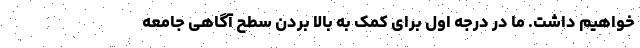
خواهیم داشت. ما در درجه اول برای کمک به بالا بردن سطح آگاهی جامعه